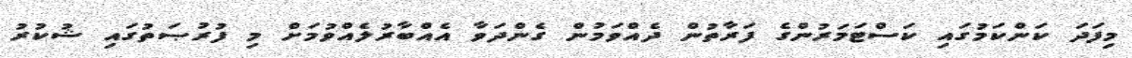
މިފަދަ ކަންކަމުގައި ކަސްޓަމަރުންގެ ފަރާތުން ދެއްވަމުން ގެންދަވާ އެއްބާރުލެއްވުމަށް މި ފުރުޞަތުގައި ޝުކުރު